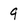
Character: 9